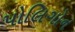
પોલિગોન